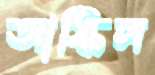
আস্কিল